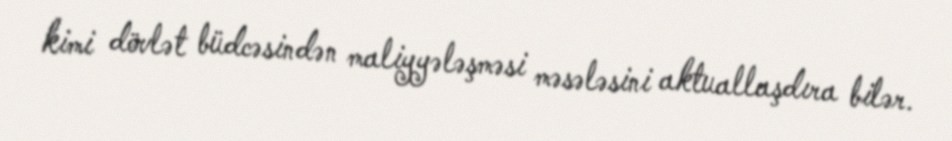
kimi dövlət büdcəsindən maliyyələşməsi məsələsini aktuallaşdıra bilər.